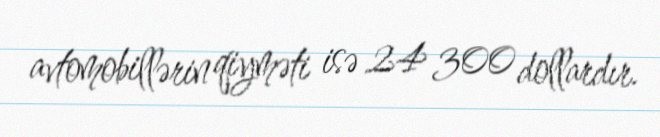
avtomobillərin qiyməti isə 24 300 dollardır.